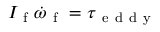
I _ { \mathrm { ~ f ~ } } \boldsymbol { \dot { \omega } } _ { \mathrm { ~ f ~ } } = \boldsymbol { \tau } _ { \mathrm { ~ e ~ d ~ d ~ y ~ } }